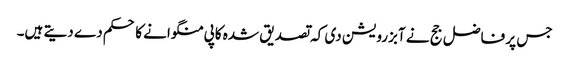
جس پر فاضل جج نے آبزرویشن دی کہ تصدیق شدہ کاپی منگوانے کا حکم دے دیتے ہیں۔